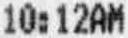
10:12AM